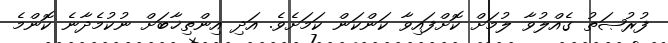
ފުރުޞަތު ގެއްލުވާ ލުމަށް ކޮށްފައިވާ ކަންކަން ކަމަށެވެ. އަދި އިންތިޚާބަށް ނުކުމެދާނެ ކޮންމެ